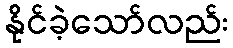
နိုင်ခဲ့သော်လည်း